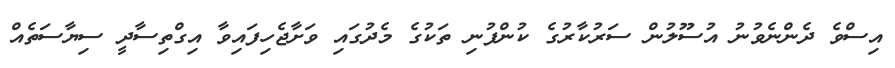
އިސްވެ ދެންނެވުނު އުސޫލުން ސަރުކާރުގެ ކުންފުނި ތަކުގެ މެދުގައި ވަށާޖެހިފައިވާ އިގްތިސާދީ ސިޔާސަތެއް